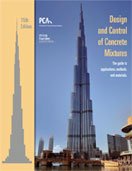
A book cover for Design and Control of Concrete Mixtures; M. L. Wilson; Engineering & Transportation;